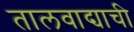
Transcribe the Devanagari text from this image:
तालवाद्याची